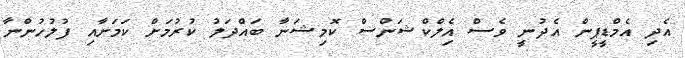
އެދި އެމްޑީޕީން އެދުނީ ވެސް އެިލްކްޝަންސް ކޮމިޝަނާ ބައްދަލު ކުރުމަށް ކަމަށާއި ފުލުހުންނާ